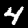
Label: 4